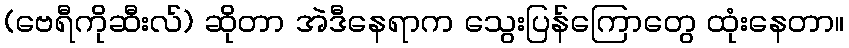
(ဗေရီကိုဆီးလ်) ဆိုတာ အဲဒီနေရာက သွေးပြန်ကြောတွေ ထုံးနေတာ။